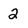
Character: 2